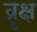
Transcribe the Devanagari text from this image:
व्रृक्ष